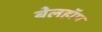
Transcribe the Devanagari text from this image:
बेलहॉप